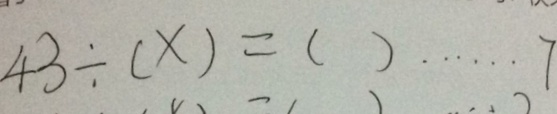
4 3 \div ( x ) = ( ) \cdots 7